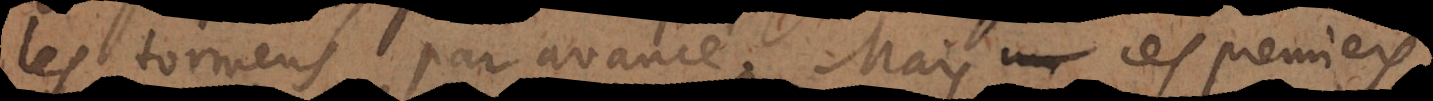
les tourmens par avance. Mais un chrestiens